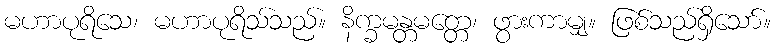
မဟာပုရိသေ၊ မဟာပုရိသ်သည်။ နိက္ခမန္တမတ္တေ၊ ဖွားကာမျှ။ ဖြစ်သည်ရှိသော်။